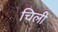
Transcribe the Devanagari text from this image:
चिली